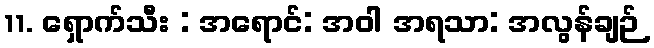
11. ရှောက်သီး : အရောင်: အဝါ အရသာ: အလွန်ချဉ်